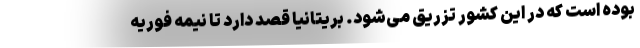
بوده است که در این کشور تزریق می‌شود. بریتانیا قصد دارد تا نیمه فوریه